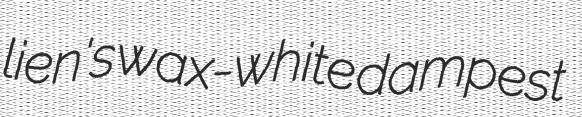
lien's wax-white dampest